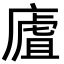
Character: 㢒